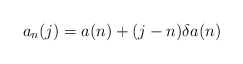
\begin{align*} a_n(j)=a(n)+(j-n)\delta a(n) \end{align*}